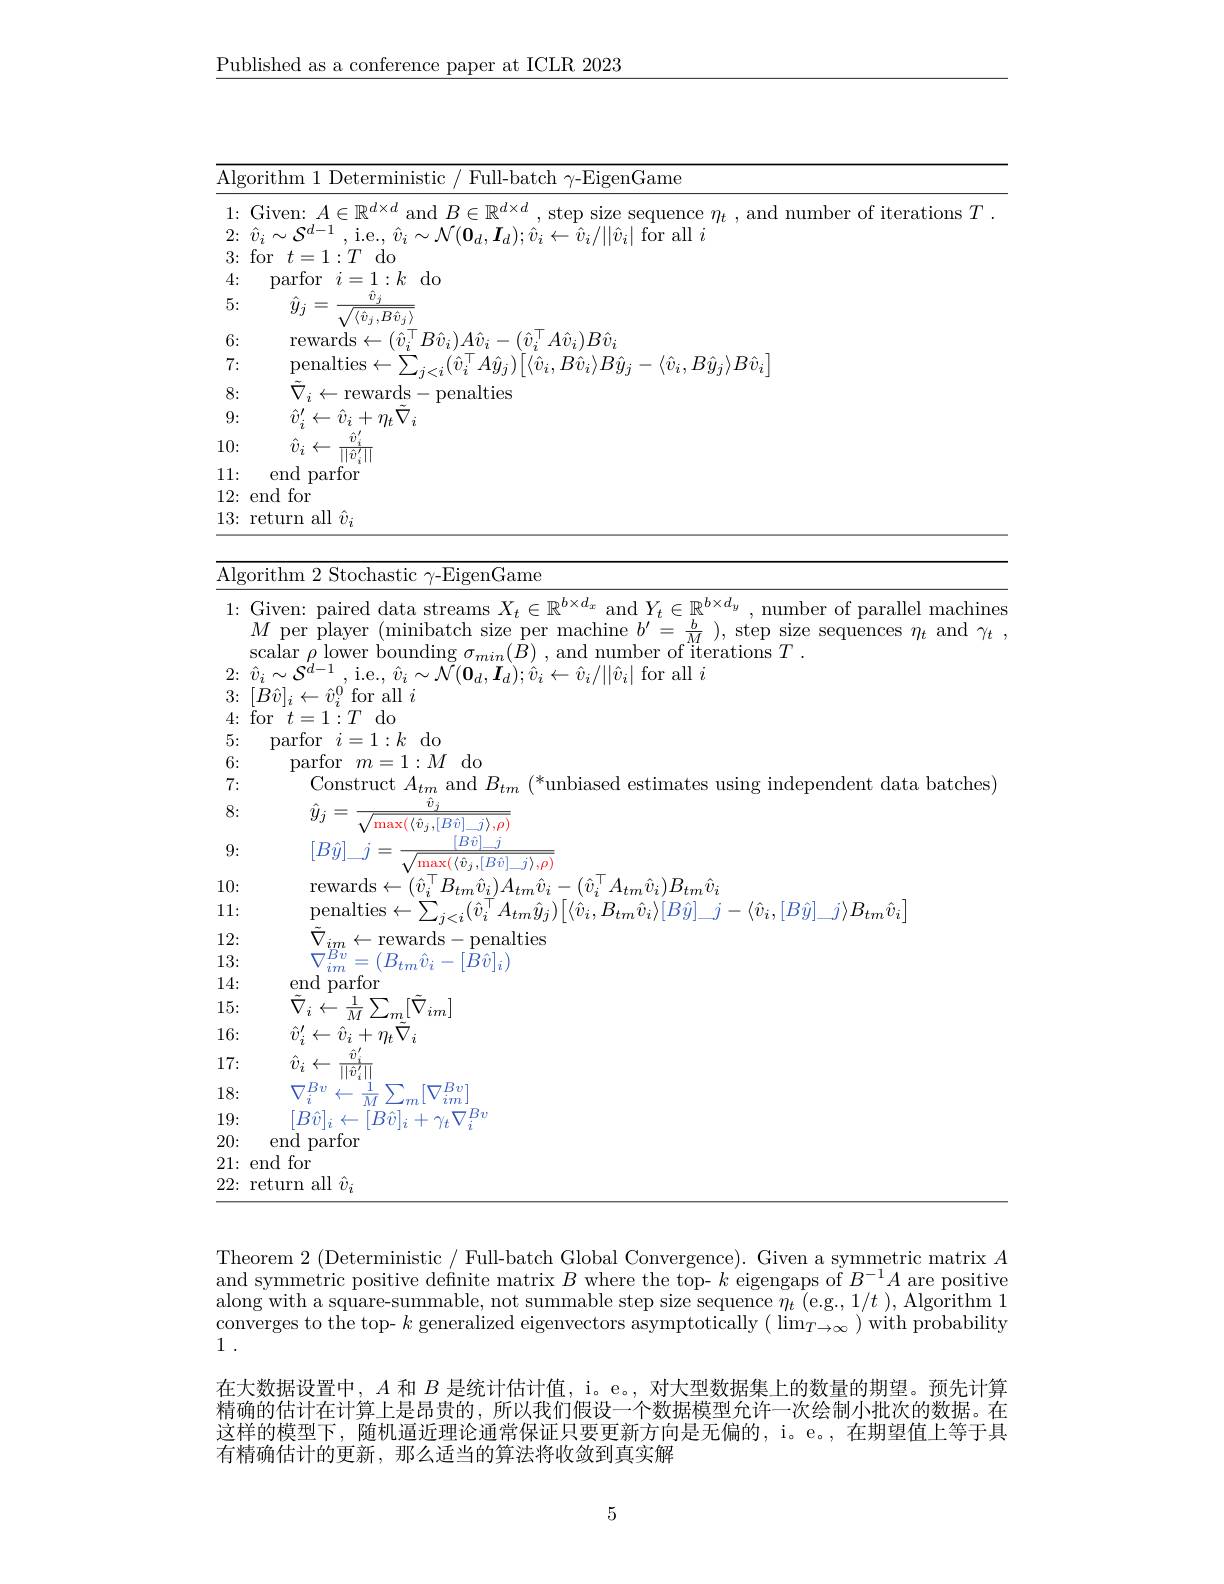
$\underline{\text{Published as a conference paper at ICLR 2023}}$

<table>
	<tbody>
		<tr>
			<td>$\overline{\mathrm{Alg}}$</td>
			<td>rorithm 1 Deterministic / H Full-batch $\gamma$-EigenGame</td>
		</tr>
		<tr>
			<td>1: $\bullet$ T 1</td>
			<td> $A$ mdXG iterations $\because f$</td>
		</tr>
		<tr>
			<td>2:</td>
			<td>$\boldsymbol{I}_{d});\hat{v}_{i}\leftarrow\hat{v}_{i}/||\hat{v}_{i}|$ for all $i$</td>
		</tr>
		<tr>
			<td>3:</td>
			<td>for$t=1:T$do</td>
		</tr>
		<tr>
			<td>4: 1</td>
			<td>parfor $i=1:k$ do</td>
		</tr>
		<tr>
			<td>5:</td>
			<td>$y_{j}$ $\ddot{v}_{i}$ $/\langle\hat{v}_{j},B\hat{v}_{j}\rangle$</td>
		</tr>
		<tr>
			<td>6:</td>
			<td>rewards e $\leftarrow(\hat{v}_{i}^{\top}B\hat{v}_{i})A\hat{v}_{i}-(\hat{v}_{i}^{\top}A\hat{v}_{i})B\hat{v}_{i}$</td>
		</tr>
		<tr>
			<td>7: $i$</td>
			<td>nenalties$\leftarrow$ 47 $\therefore Bv_{:}\rangle Bu_{:}-$ $-\langle\hat{v}_{i},B\hat{u}_{i}\rangle B\hat{v}_{i}$</td>
		</tr>
		<tr>
			<td>8:</td>
			<td>$\tilde{\nabla}_{i}\leftarrow$rewards-penalties</td>
		</tr>
		<tr>
			<td>9:</td>
			<td>$\hat{v}_{i}^{\prime}\leftarrow\hat{v}_{i}+\eta_{t}\ddot{\nabla}_{i}$</td>
		</tr>
		<tr>
			<td>10:</td>
			<td>$\hat{v}_{i}\leftarrow$ $\hat{v}$ $\overline{||\hat{v}^{\prime}||}$</td>
		</tr>
		<tr>
			<td>11:</td>
			<td>end parfor</td>
		</tr>
		<tr>
			<td>12:</td>
			<td>end for</td>
		</tr>
		<tr>
			<td>13: </td>
			<td>return all $\hat{v}_i$</td>
		</tr>
	</tbody>
</table>

,
<table>
	<tbody>
		<tr>
			<td>orithm 2 Stochastic $\gamma$-EigenGame</td>
		</tr>
	</tbody>
</table>

Theorem 2 (Deterministic / Full-batch Global Convergence). Given a symmetric matrix $A$ and symmetric positive defin along with a square-summable, not summable step size sequence $\eta_t\left(\mathrm{e.g.},1/t\right)$, Algorithm 1 converges to the top- $k$ generalized eigenvectors asymptotically $(\lim_T\to\infty)$ with probability 1 .
在大数据设置中，$A$和$B$是统计估计值，i。e。, 对大型数据集上的数量的期望。预先计算精确的估计在计算上是昂贵的，所以我们假设一个数据模型允许这样的模型下，随机逼近理论通常保证只要更新方向是无偏的， 有精确估计的更新，那么适当的算法将收敛到真实解

5